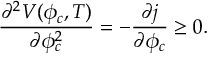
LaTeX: { \frac { \partial ^ { 2 } V ( \phi _ { c } , T ) } { \partial \phi _ { c } ^ { 2 } } } = - { \frac { \partial j } { \partial \phi _ { c } } } \ge 0 .